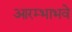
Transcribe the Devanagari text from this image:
आरम्भाभवे